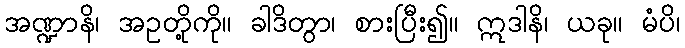
အဏ္ဍာနိ၊ အဥတို့ကို။ ခါဒိတွာ၊ စားပြီး၍။ ဣဒါနိ၊ ယခု။ မံပိ၊